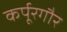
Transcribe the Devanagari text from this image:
कर्पूरगौर